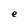
Character: e